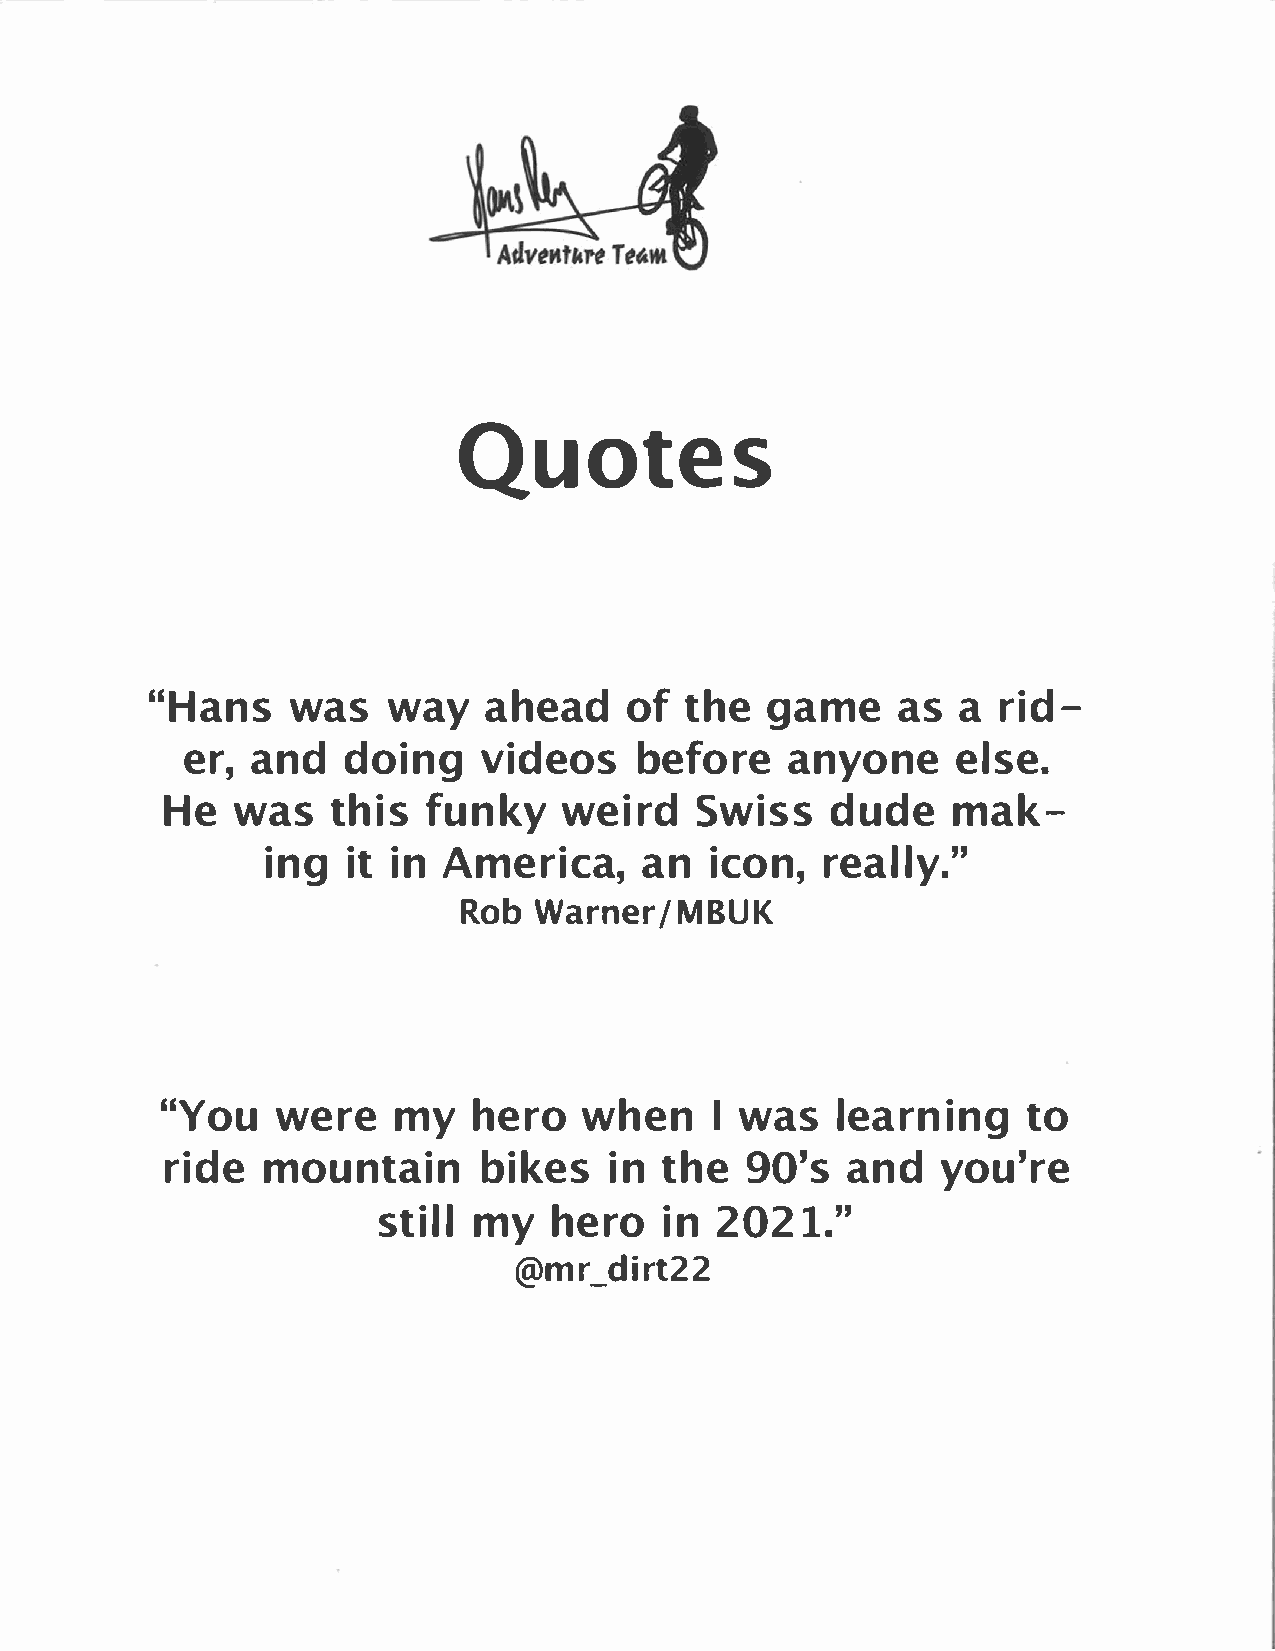
Quotes
 "Hanwsa        sw aya    heaodft      hgea     maes  a  r  id­
 era,n     dd  oinvgi      deboesf      oarney    oenles     e.
 Hew    ast    hifsu    nkwye    irSdw    isdsu    dmea    k­
 inigti      n A meriacnai        ,c orne,a    lly."
 RobW    arner/MRUK
 "Yowue       rmey   h  erwoh     enIw    asl   earntion          g
 ridmeo      untabiinki       enst   h9e0    'asn   dy ou're
 stimlyhl      e  rion2   021."
 @mr_dirt22